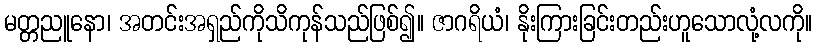
မတ္တညူနော၊ အတင်းအရှည်ကိုသိကုန်သည်ဖြစ်၍။ ဇာဂရိယံ၊ နိုးကြားခြင်းတည်းဟူသောလုံ့လကို။